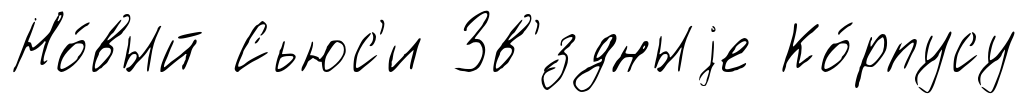
Но́вый Сьюс'и Зв'́здныjе Ко́рпусу